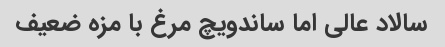
سالاد عالی اما ساندویچ مرغ با مزه ضعیف